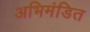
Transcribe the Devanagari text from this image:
अभिमंडित